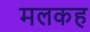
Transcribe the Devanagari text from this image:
मलकह